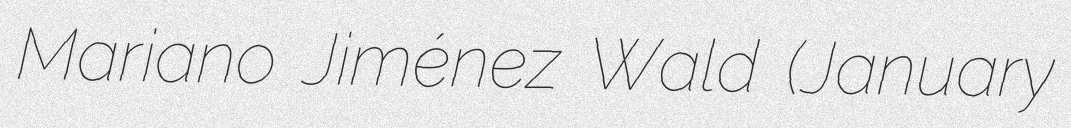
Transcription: Mariano Jiménez Wald (January